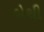
હોથી